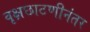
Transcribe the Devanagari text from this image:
वृक्षछाटणीनंतर